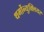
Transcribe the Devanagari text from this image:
थर्मोन्युक्लियर